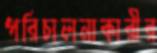
পরিচালনাকারীর